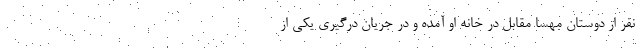
نفر از دوستان مهسا مقابل در خانه او آمده و در جریان درگیری یکی از